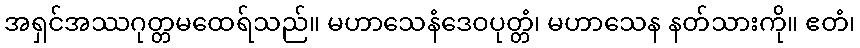
အရှင်အဿဂုတ္တမထေရ်သည်။ မဟာသေနံဒေဝပုတ္တံ၊ မဟာသေန နတ်သားကို။ ဧတံ၊